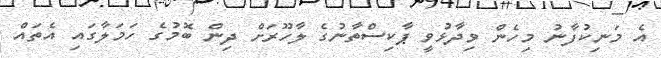
އެ މަނިކުފާނު މިހެން ވިދާޅުވީ ޕާކިސްތާނުގެ ލާހޫރަށް ދިން ބޮމުގެ ހަމަލާގައި އެތައް